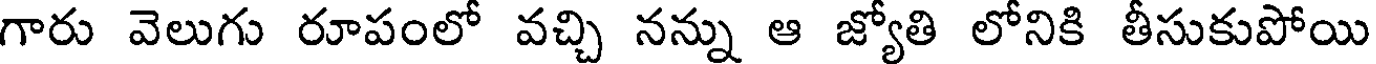
గారు వెలుగు రూపంలో వచ్చి నన్ను ఆ జ్యోతి లోనికి తీసుకుపోయి